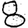
Digit: 8